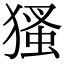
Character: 𤠘